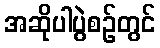
အဆိုပါပွဲစဉ်တွင်